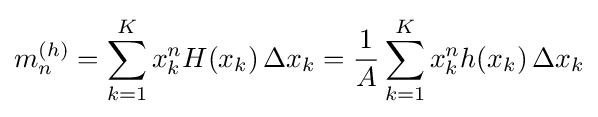
m_{n}^{(h)}=\sum _{k=1}^{K}x_{k}^{n}H(x_{k})\,\Delta x_{k}={\frac {1}{A}}\sum _{k=1}^{K}x_{k}^{n}h(x_{k})\,\Delta x_{k}